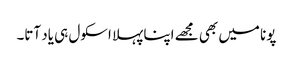
پونا میں بھی مجھے اپنا پہلا اسکول ہی یاد آتا۔